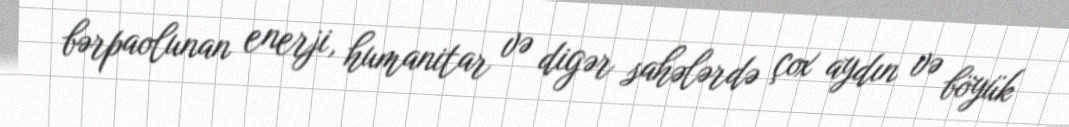
bərpaolunan enerji, humanitar və digər sahələrdə çox aydın və böyük